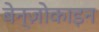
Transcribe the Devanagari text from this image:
बेन्ज़ोकाइन